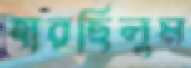
হারছিলুম